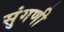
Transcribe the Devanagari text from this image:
सुंगणी